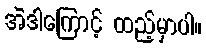
အဲဒါကြောင့် ထည့်မှာပါ။